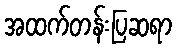
အထက်တန်းပြဆရာ